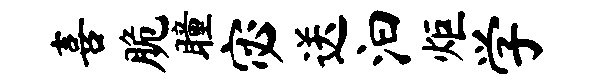
喜脆瞳宓送汩炬学